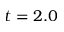
t = 2 . 0